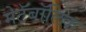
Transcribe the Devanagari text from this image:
मेटॅबॉलिक